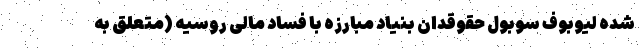
شده لیوبوف سوبول حقوقدان بنیاد مبارزه با فساد مالی روسیه (متعلق به